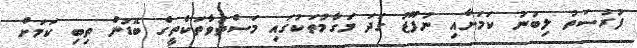
ފުރުސަތު ލިބުނު ކަމަށާއި ނުފޫޒު ގަދަ މަގާމުތަކުގައި މަސްތުވާތަކެތީގެ ބޮޑުން ތިބި ކަމަށް